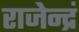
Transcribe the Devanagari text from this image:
राजेन्द्रं